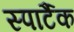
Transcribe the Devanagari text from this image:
स्पार्टैक